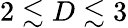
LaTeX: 2\lesssim D\lesssim 3